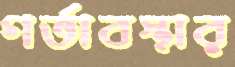
গর্ভাবস্থার